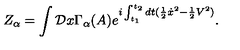
Z _ { \alpha } = \int { \cal D } x \Gamma _ { \alpha } ( A ) \displaystyle { e } ^ { i \int _ { t _ { 1 } } ^ { t _ { 2 } } d t ( { \frac { 1 } { 2 } } { \dot { x } } ^ { 2 } - { \frac { 1 } { 2 } } V ^ { 2 } ) } .